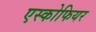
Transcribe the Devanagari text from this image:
एस्कोफियर